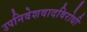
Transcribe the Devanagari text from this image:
उपनिवेशवादविरोधी